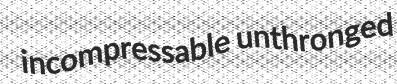
incompressable unthronged